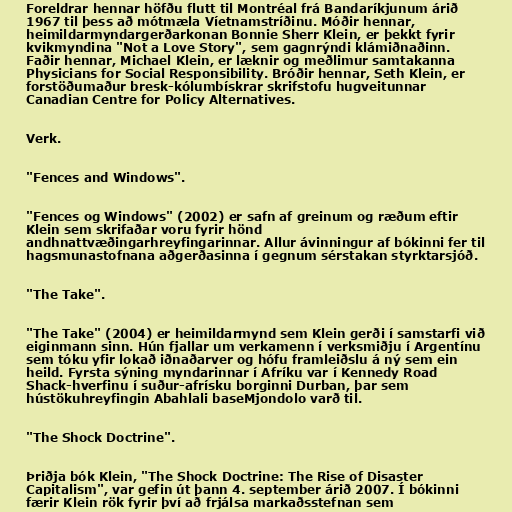
Foreldrar hennar höfðu flutt til Montréal frá Bandaríkjunum árið
1967 til þess að mótmæla Víetnamstríðinu. Móðir hennar,
heimildarmyndargerðarkonan Bonnie Sherr Klein, er þekkt fyrir
kvikmyndina "Not a Love Story", sem gagnrýndi klámiðnaðinn.
Faðir hennar, Michael Klein, er læknir og meðlimur samtakanna
Physicians for Social Responsibility. Bróðir hennar, Seth Klein, er
forstöðumaður bresk-kólumbískrar skrifstofu hugveitunnar
Canadian Centre for Policy Alternatives.

Verk.

"Fences and Windows".

"Fences og Windows" (2002) er safn af greinum og ræðum eftir
Klein sem skrifaðar voru fyrir hönd
andhnattvæðingarhreyfingarinnar. Allur ávinningur af bókinni fer til
hagsmunastofnana aðgerðasinna í gegnum sérstakan styrktarsjóð.

"The Take".

"The Take" (2004) er heimildarmynd sem Klein gerði í samstarfi við
eiginmann sinn. Hún fjallar um verkamenn í verksmiðju í Argentínu
sem tóku yfir lokað iðnaðarver og hófu framleiðslu á ný sem ein
heild. Fyrsta sýning myndarinnar í Afríku var í Kennedy Road
Shack-hverfinu í suður-afrísku borginni Durban, þar sem
hústökuhreyfingin Abahlali baseMjondolo varð til.

"The Shock Doctrine".

Þriðja bók Klein, "The Shock Doctrine: The Rise of Disaster
Capitalism", var gefin út þann 4. september árið 2007. Í bókinni
færir Klein rök fyrir því að frjálsa markaðsstefnan sem